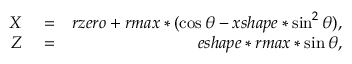
\begin{array} { r l r } { X } & { { } = } & { r z e r o + r m a x * ( \cos \theta - x s h a p e * \sin ^ { 2 } \theta ) , } \\ { Z } & { { } = } & { e s h a p e * r m a x * \sin \theta , } \end{array}